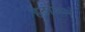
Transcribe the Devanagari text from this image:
हेटाळले